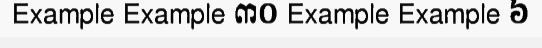
Example Example ៣០ Example Example ៦